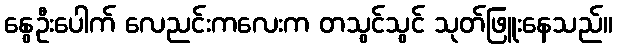
နွေဦးပေါက် လေညင်းကလေးက တသွင်သွင် သုတ်ဖြူးနေသည်။